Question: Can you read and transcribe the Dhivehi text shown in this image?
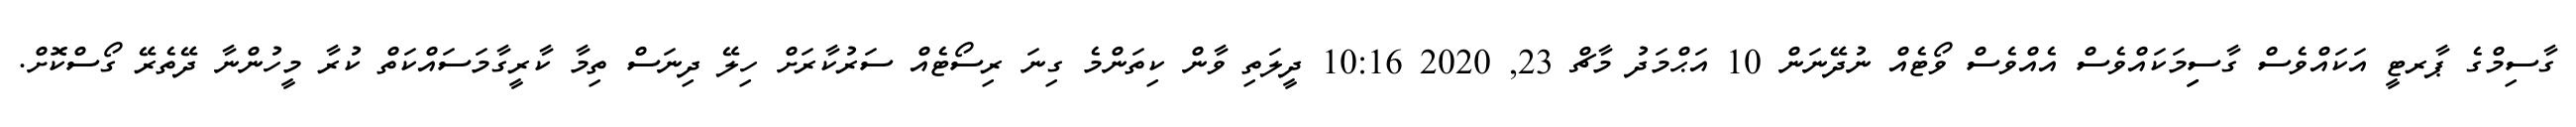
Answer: ގާސިމްގެ ޕާރޓީ އަކައްވެސް ގާސިިމަކައްވެސް އެއްވެސް ވޯޓެއް ނުދޭނަން 10 އަޙްމަދު މާޗް 23, 2020 10:16 ދީލަތި ވާން ކިތަންމެ ގިނަ ރިސޯޓެއް ސަރުކާރަށް ހިލޭ ދިނަސް ތިމާ ކާރީގާމަސައްކަތް ކުރާ މީހުންނާ ދޭތެރޭ ގޯސްކޮށް.